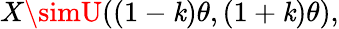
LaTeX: X\simU((1-\mathit{k})\theta,(1+\mathit{k})\theta),